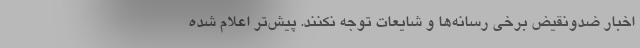
اخبار ضدونقیض برخی رسانه‌ها و شایعات توجه نکنند. پیش‌تر اعلام شده